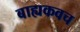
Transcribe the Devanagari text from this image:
बाह्यकवच